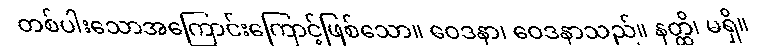
တစ်ပါးသောအကြောင်းကြောင့်ဖြစ်သော။ ဝေဒနာ၊ ဝေဒနာသည်။ နတ္ထိ၊ မရှိ။